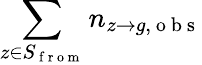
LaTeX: \sum_{z\in S_{\mathrm{~f~r~o~m~}}}n_{z\to g,\mathrm{~o~b~s~}}